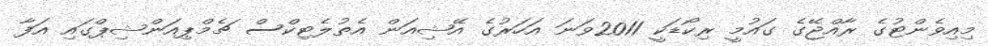
މިއިވެންޓުގެ ރާއްޖޭގެ ގައުމީ ރިކޯޑަކީ 2011ވަނަ އަހަރުގެ އޭޝިއަން އެތުލެޓިކްސް ޗެމްޕިއަންޝިޕްގައި އަފާ